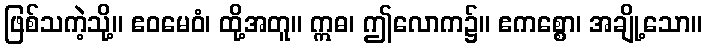
ဖြစ်သကဲ့သို့။ ဧဝမေဝံ၊ ထို့အတူ။ ဣဓ၊ ဤလောက၌။ ဧကစ္စော၊ အချို့သော။